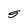
Character: S